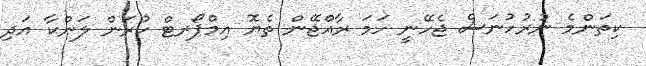
ކިތަންމެ ނުރުހުނަސް ޖެހޭނީ ހަމަ ރާއްޖޭން ތެޔޮ އިމްޕޯރޓް ކުރަން ލަންކާ އަދި